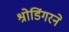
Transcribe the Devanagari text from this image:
श्रोडिंगरने